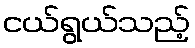
ငယ်ရွယ်သည့်